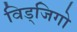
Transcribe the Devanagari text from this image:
विड्जिगो